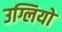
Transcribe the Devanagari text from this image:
उग्लियो